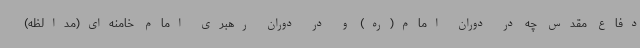
دفاع مقدس چه در دوران امام(ره) و در دوران رهبری امام خامنه‌ای(مدالظه)